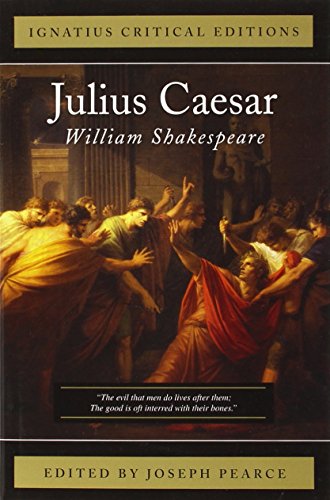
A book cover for Julius Caesar (Ignatius Critical Editions); William Shakespeare; Literature & Fiction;